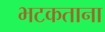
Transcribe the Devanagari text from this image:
भटकताना